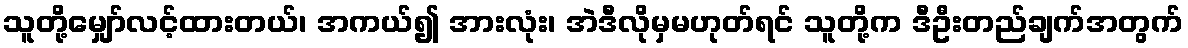
သူတို့မျှော်လင့်ထားတယ်၊ အကယ်၍ အားလုံး၊ အဲဒီလိုမှမဟုတ်ရင် သူတို့က ဒီဦးတည်ချက်အတွက်